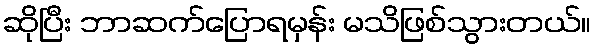
ဆိုပြီး ဘာဆက်ပြောရမှန်း မသိဖြစ်သွားတယ်။